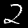
Label: 2